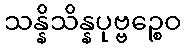
သန္နိသိန္နပုဗ္ဗဉ္စေဝ